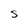
Character: S